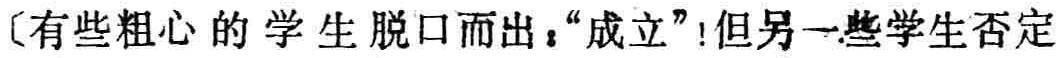
（有些粗心的学生脱口而出：“成立”！但另一些学生否定